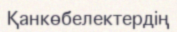
Қанкөбелектердің